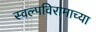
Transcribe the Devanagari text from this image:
स्वल्पविरामाच्या